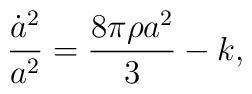
{\dot a^2\over a^2} = \frac{8\pi \rho a^2}{3} - k,